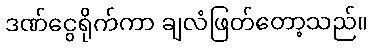
ဒဏ်ငွေရိုက်ကာ ချလံဖြတ်တော့သည်။